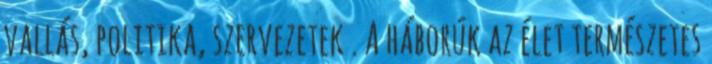
vallás, politika, szervezetek . A háborúk az élet természetes